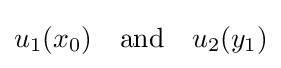
u_{1}(x_{0})\quad {\text{and}}\quad u_{2}(y_{1})